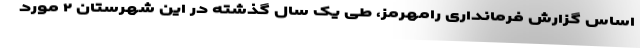
اساس گزارش فرمانداری رامهرمز، طی یک سال گذشته در این شهرستان ۲ مورد